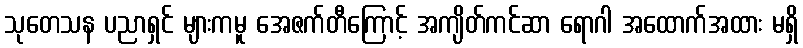
သုတေသန ပညာရှင် များကမူ အေဇက်တီကြောင့် အကျိတ်ကင်ဆာ ရောဂါ အထောက်အထား မရှိ